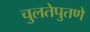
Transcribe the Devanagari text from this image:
चुलतेपुतणे